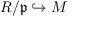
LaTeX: R / { \mathfrak { p } } \hookrightarrow M